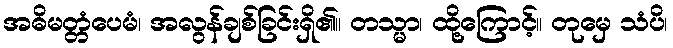
အဓိမတ္တံပေမံ၊ အလွန်ချစ်ခြင်းရှိ၏။ တသ္မာ၊ ထို့ကြောင့်။ တုမှေ သံပိ၊